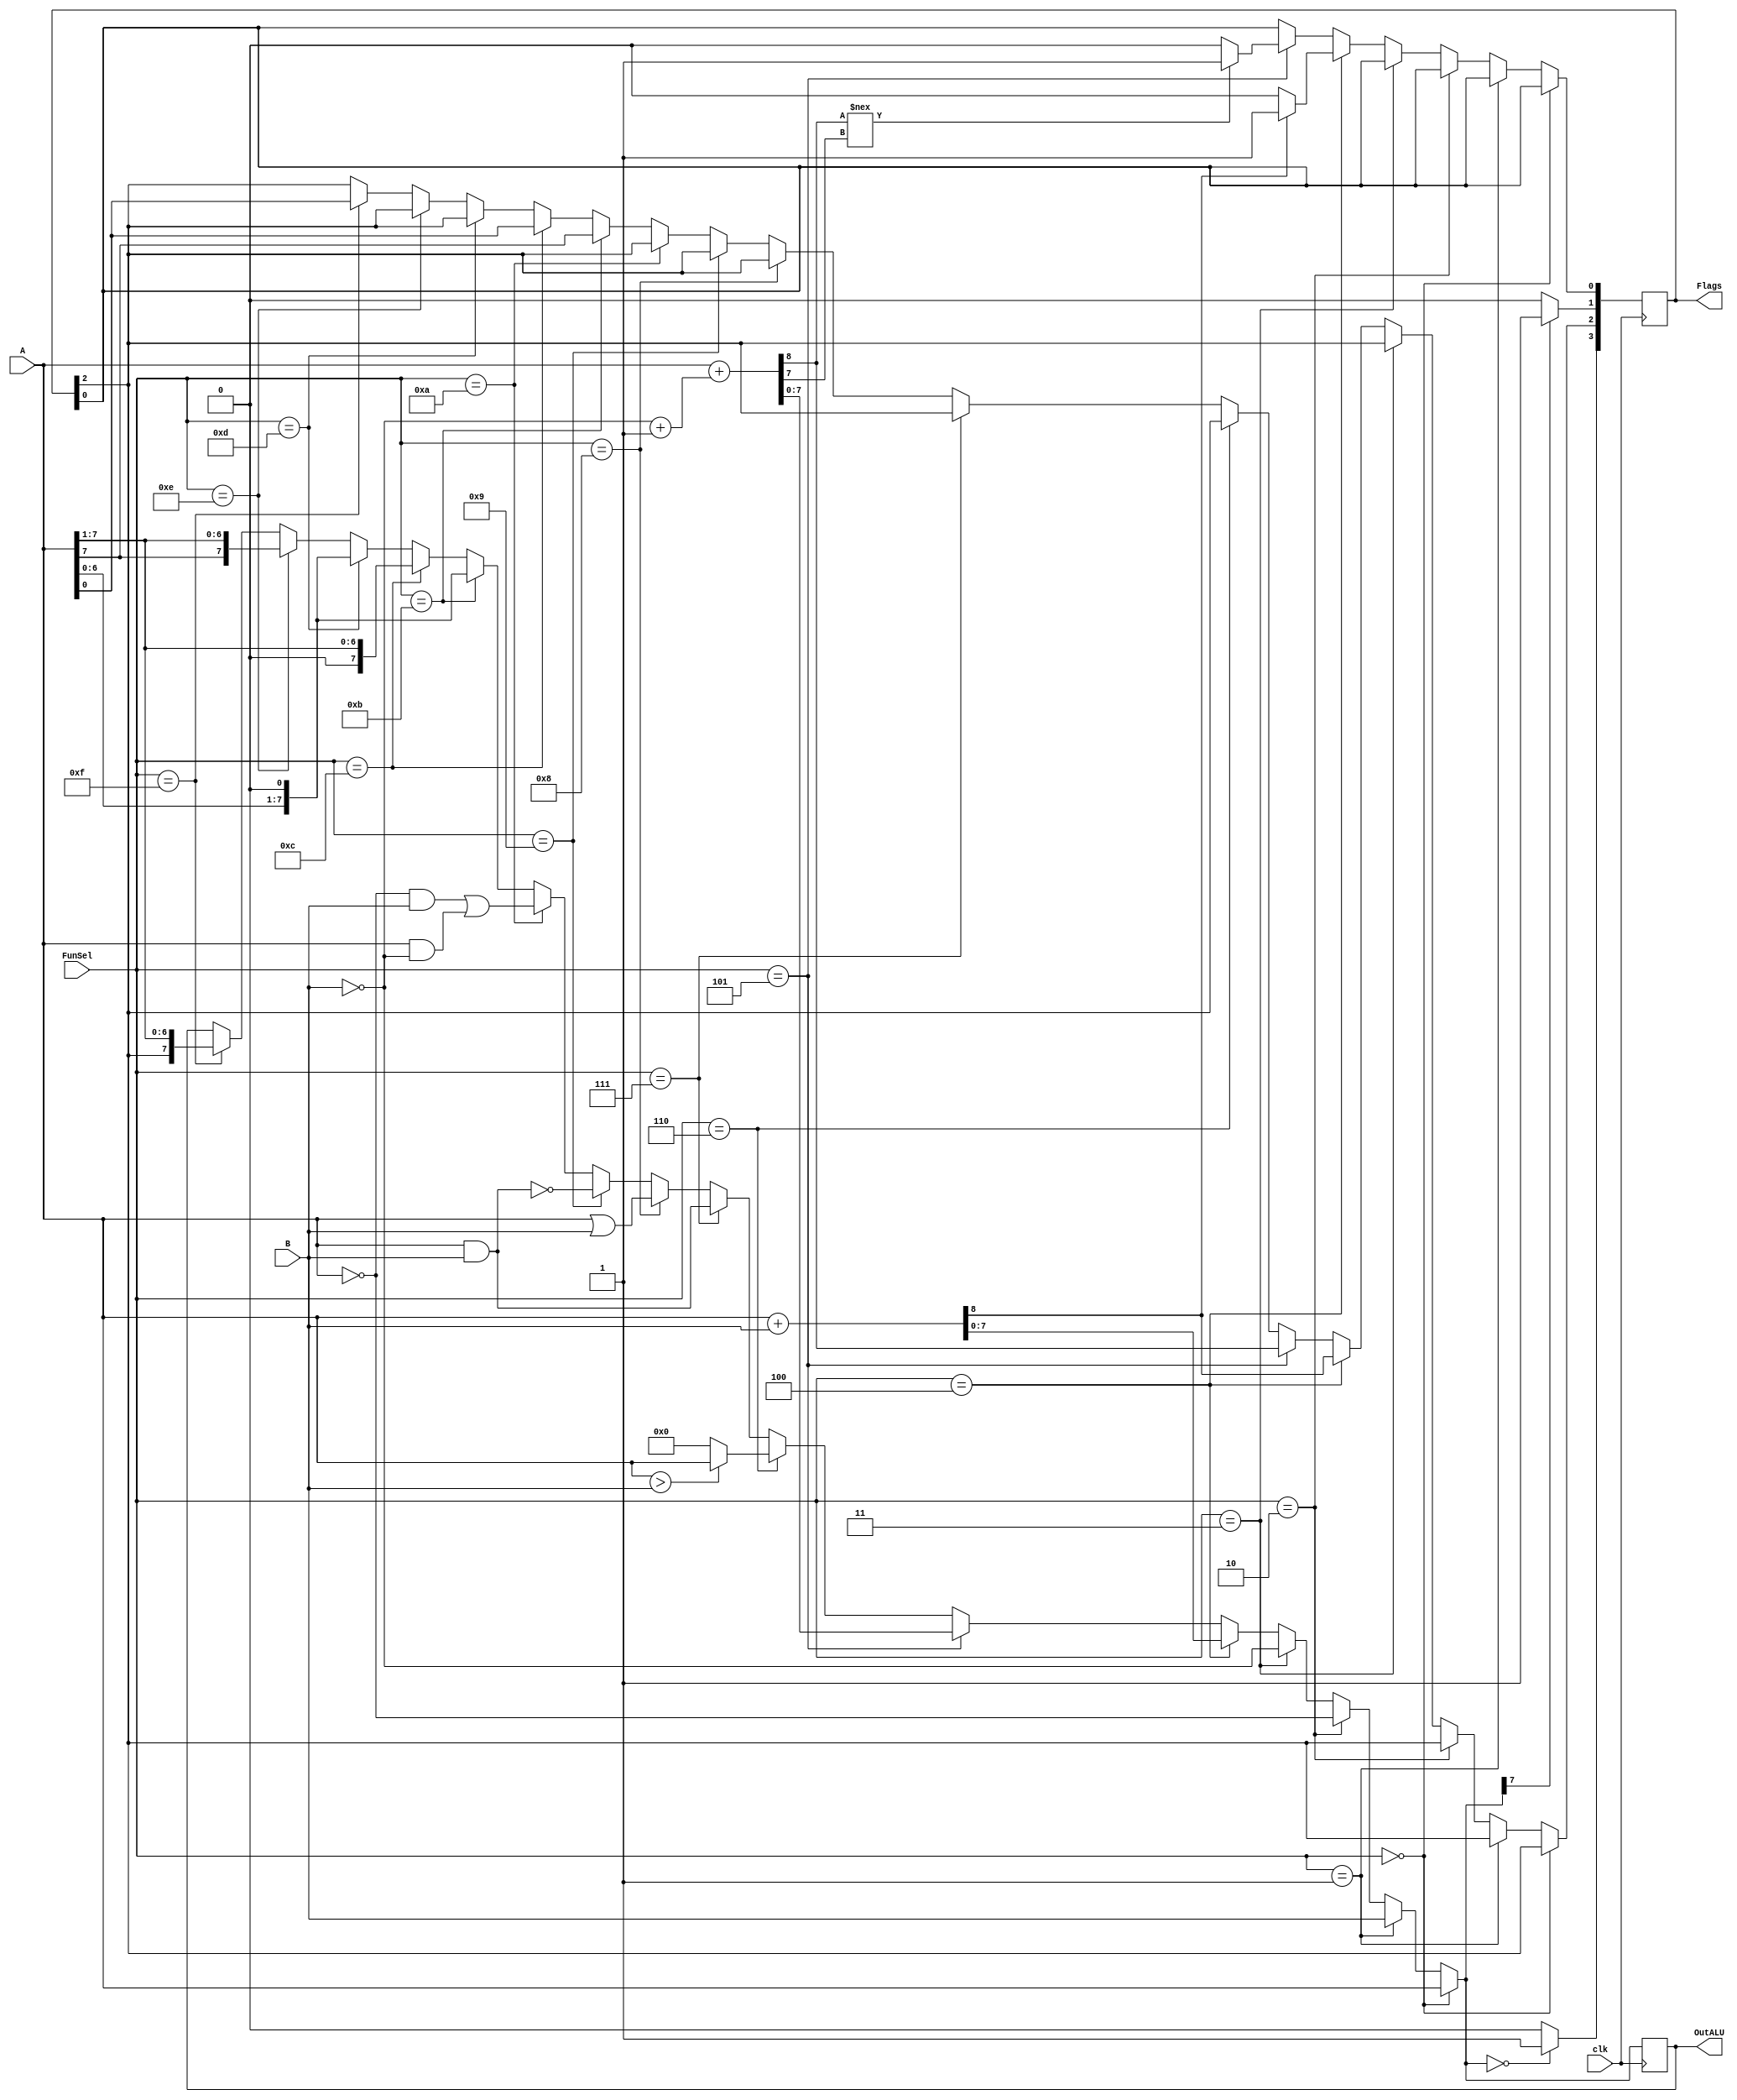
module part3_ALU (input clk, input [7:0] A, input [7:0] B, input [3:0] FunSel, output reg [7:0] OutALU, output reg [3:0] Flags);

    reg [7:0] B_neg;
    reg cout;

    always @(posedge clk) begin
        B_neg = (~B) + 8'b00000001; // 2's complement of B
        cout = Flags[2];

        if(FunSel == 4'b0000)
            OutALU = A;
        else if(FunSel == 4'b0001)
            OutALU = B;
        else if(FunSel == 4'b0010)
            OutALU = ~A;
        else if(FunSel == 4'b0011)
            OutALU = ~B;
        else if(FunSel == 4'b0100) begin // A+B
            {cout, OutALU} = {1'b0, A} + {1'b0, B};
            if(cout == 1) Flags[0] = 1;
            else Flags[0] = 0;
        end
        else if(FunSel == 4'b0101)begin
            {cout, OutALU} = {1'b0, A} + {1'b0, B_neg}; // TODO: check if this is correct
            if(cout !== OutALU[7]) Flags[0] = 1; //Overflow
            else Flags[0] = 0;
        end
        else if(FunSel == 4'b0110)
            begin
                if(A > B) OutALU = A;
                else OutALU = 0;
            end
        else if(FunSel == 4'b0111)
            OutALU = A & B;
        else if(FunSel == 4'b1000)
            OutALU = A | B;
        else if(FunSel == 4'b1001)
            OutALU = ~(A & B);
        else if(FunSel == 4'b1010)
            OutALU = (~A & B) | (A & ~B);
        else if(FunSel == 4'b1011) begin // LSL
            cout = A[7];
            OutALU = A << 1;
        end
        else if (FunSel == 4'b1100) begin //LSR
            cout = A[0];
            OutALU = A >> 1;
        end
        else if (FunSel == 4'b1101) //ASL
            OutALU = A << 1;
        else if (FunSel == 4'b1110)
            OutALU = {A[7], A[7:1]}; 
        else if (FunSel == 4'b1111) begin //CSR
            cout = A[0];
            OutALU = {Flags[2], A[7:1]};
        end

        // Set flags

        if (OutALU == 8'b00000000) Flags[3] = 1; // Z Flag
        else Flags[3] = 0;

        Flags[2] = cout; // C Flag

        if (OutALU[7] == 1) Flags[1] = 1; // N Flag
        else Flags[1] = 0;

    end
endmodule